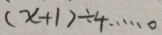
( x + 1 ) \div 4 \cdots 0